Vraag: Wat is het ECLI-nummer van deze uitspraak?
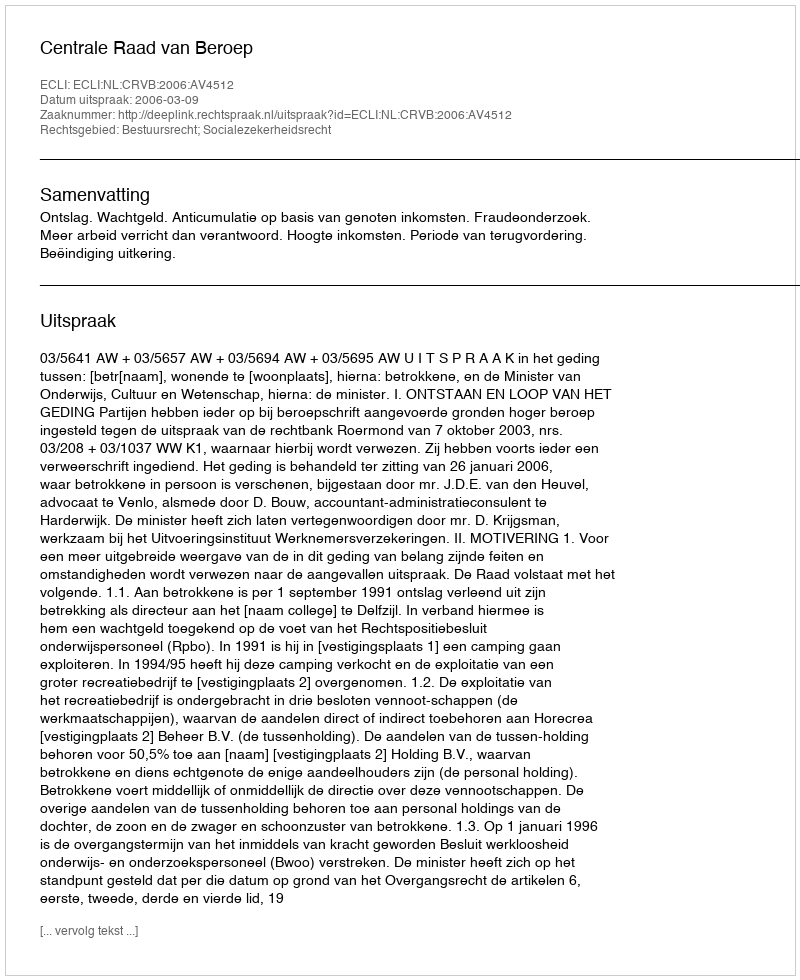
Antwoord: ECLI:NL:CRVB:2006:AV4512